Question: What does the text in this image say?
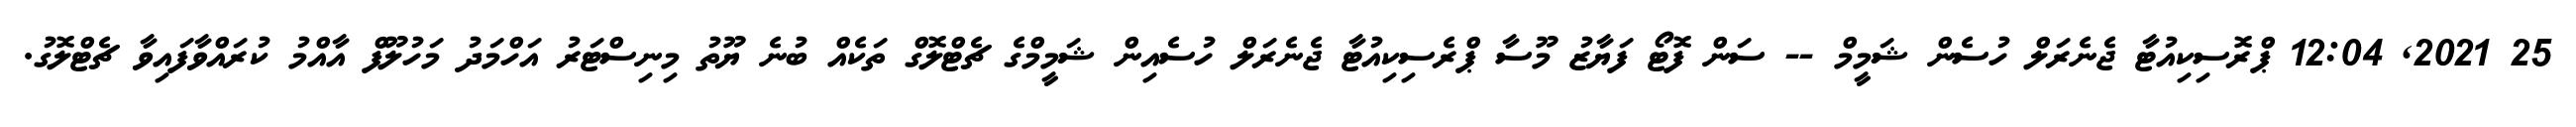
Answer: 25 2021, 12:04 ޕްރޮސިކިއުޓާ ޖެނެރަލް ހުސެން ޝަމީމް -- ސަން ފޮޓޯ ފަޔާޒު މޫސާ ޕްރެސިކިއުޓާ ޖެނެރަލް ހުސެއިން ޝަމީމްގެ ޗެޓްލޮގް ތަކެއް ބުނެ ޔޫތު މިނިސްޓަރު އަހްމަދު މަހުލޫފް އާއްމު ކުރައްވާފައިވާ ޗެޓްލޮގު.